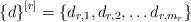
LaTeX: \begin{align*} \left\{d\right\}^{[r]}=\left\{d_{r,1},d_{r,2}, \ldots d_{r,m_r}\right\}\end{align*}